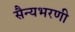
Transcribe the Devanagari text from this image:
सैन्यभरणी